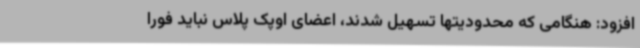
افزود: هنگامی که محدودیتها تسهیل شدند، اعضای اوپک پلاس نباید فورا